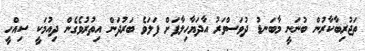
ތަޖުރިބާކާރުން ބުނަނީ މާބަނޑު ދުވަސްވަރު އާދަޔާހިލާފަށް ފަލަވެ ބަރުދަން އިތުރުވެގެން ދިއުމަކީ ސިއްހީ